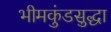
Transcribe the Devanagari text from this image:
भीमकुंडसुद्धा